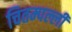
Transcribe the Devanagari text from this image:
चितम्पल्ली